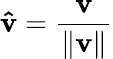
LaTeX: \mathbf{\hat{v}}={\frac{\mathbf{v}}{\Vert\mathbf{v}\Vert}}